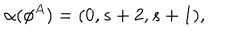
\alpha ( \phi ^ { A } ) = ( 0 , s + 2 , s + 1 ) ,